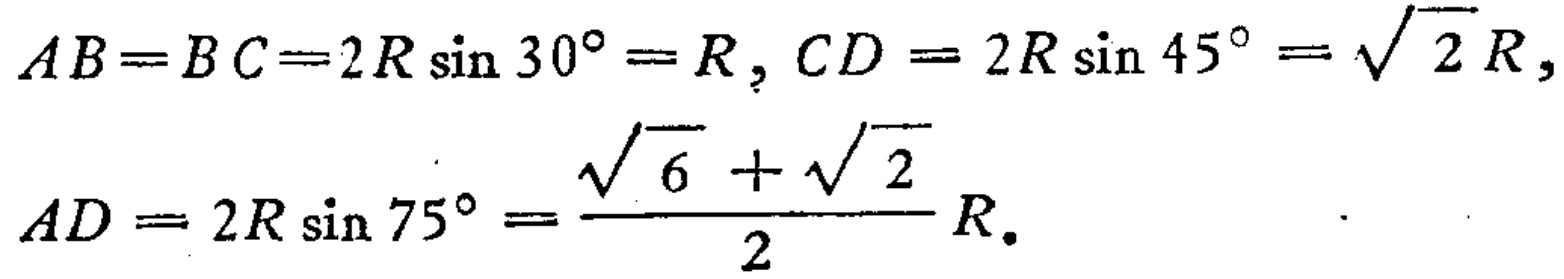
\[
\begin{align*}
AB = BC&=2R\sin30^{\circ}=R, CD = 2R\sin45^{\circ}=\sqrt{2}R,\\
AD&=2R\sin75^{\circ}=\frac{\sqrt{6}+\sqrt{2}}{2}R.
\end{align*}
\]